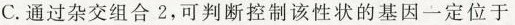
C.通过杂交组合2，可判断控制该性状的基因一定位于